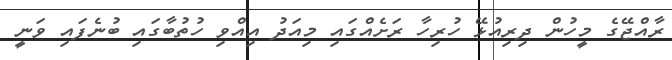
ރާއްޖޭގެ މީހުން ދިރިއުޅޭ ހުރިހާ ރަށެއްގައި މިއަދު އިއްވި ހުތުބާގައި ބުނެފައި ވަނީ